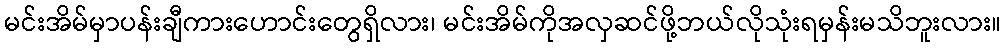
မင်းအိမ်မှာပန်းချီကားဟောင်းတွေရှိလား၊ မင်းအိမ်ကိုအလှဆင်ဖို့ဘယ်လိုသုံးရမှန်းမသိဘူးလား။